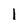
Character: 1